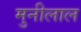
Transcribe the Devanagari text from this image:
मुनीलाल